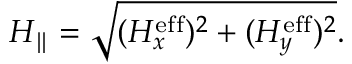
H _ { \parallel } = \sqrt { ( H _ { x } ^ { \mathrm { e f f } } ) ^ { 2 } + ( H _ { y } ^ { \mathrm { e f f } } ) ^ { 2 } } .